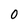
Character: O